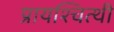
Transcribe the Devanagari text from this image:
प्रायश्चित्थी